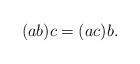
LaTeX: \begin{align*}(ab)c = (ac)b.\end{align*}